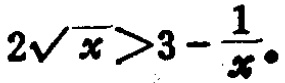
\(2\sqrt{x}>3 - \frac{1}{x}\)